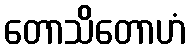
တောသိတောဟံ